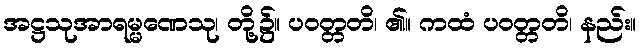
အဋ္ဌသုအာရမ္မဏေသု၊ တို့၌။ ပဝတ္တတိ၊ ၏။ ကထံ ပဝတ္တတိ၊ နည်း။